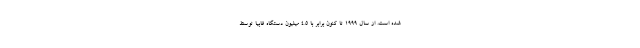
شده است. از سال 1999 تا کنون برابر با 4.5 میلیون دستگاه فابیا توسط